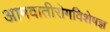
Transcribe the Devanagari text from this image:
आमवातीरोगविशेषज्ञ